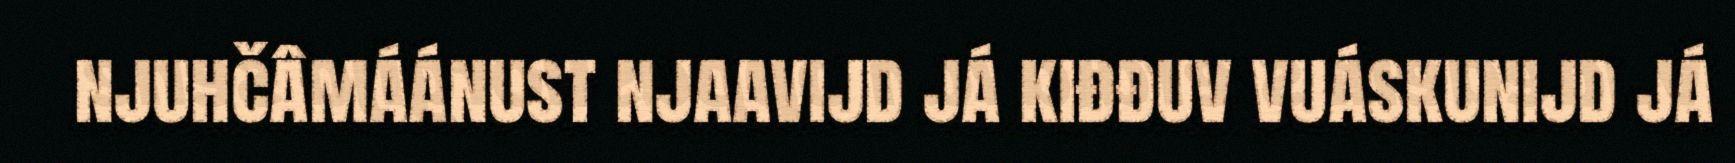
njuhčâmáánust njaavijd já kiđđuv vuáskunijd já